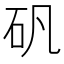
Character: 矾